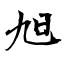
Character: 旭